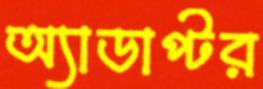
অ্যাডাপ্টর